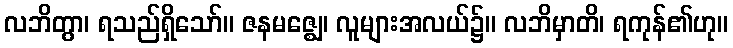
လဘိတွာ၊ ရသည်ရှိသော်။ ဇနမဇ္ဈေ၊ လူများအလယ်၌။ လဘိမှာတိ၊ ရကုန်၏ဟု။